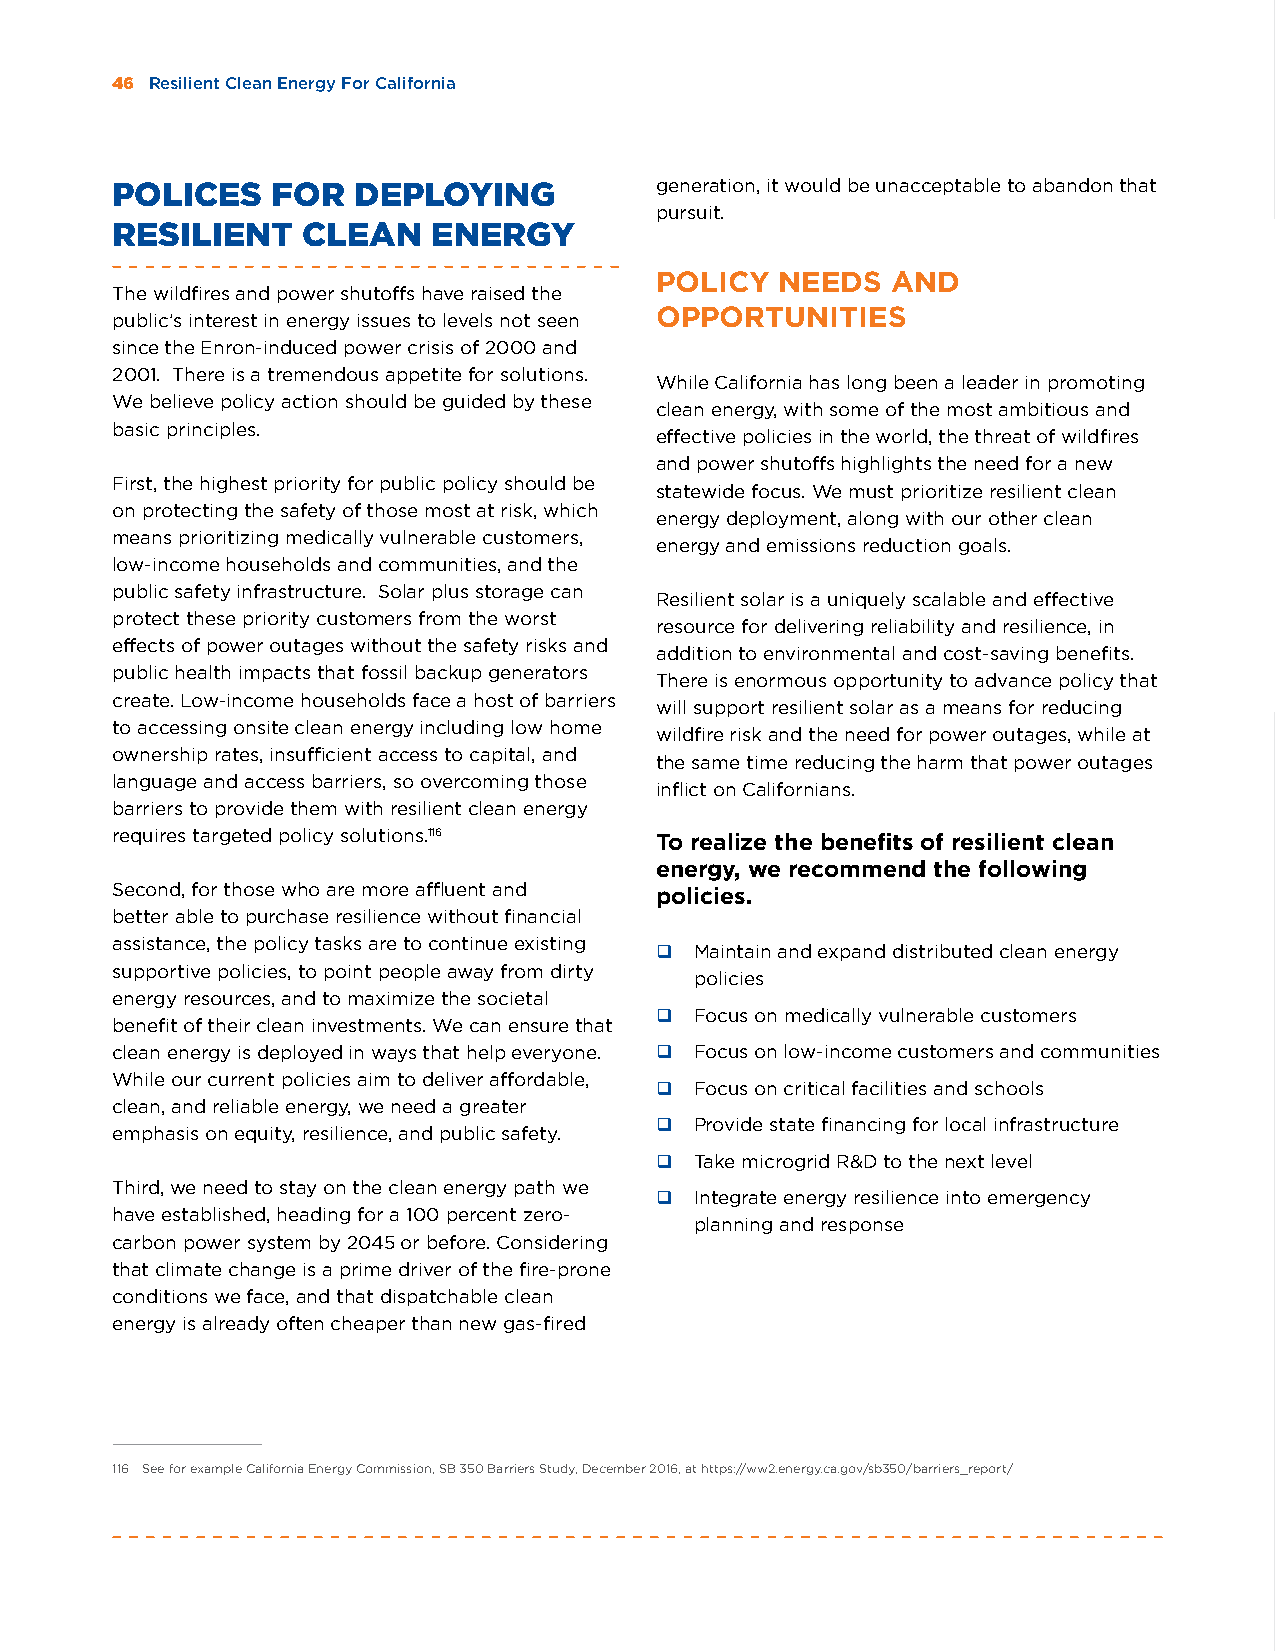
46 Resilient Clean Energy For California
 POLICES    FOR  DEPLOYING           generation, it would be unacceptable to abandon that
 pursuit.
 RESILIENT    CLEAN    ENERGY
 POLICY   NEEDS  AND
 The wildfires and power shutoffs have raised the
 OPPORTUNITIES
 public’s interest in energy issues to levels not seen
 since the Enron-induced power crisis of 2000 and
 2001. There is a tremendous appetite for solutions.
 While California has long been a leader in promoting
 We believe policy action should be guided by these
 clean energy, with some of the most ambitious and
 basic principles.
 effective policies in the world, the threat of wildfires
 and power shutoffs highlights the need for a new
 First, the highest priority for public policy should be
 statewide focus. We must prioritize resilient clean
 on protecting the safety of those most at risk, which
 energy deployment, along with our other clean
 means prioritizing medically vulnerable customers,
 energy and emissions reduction goals.
 low-income households and communities, and the
 public safety infrastructure. Solar plus storage can
 Resilient solar is a uniquely scalable and effective
 protect these priority customers from the worst
 resource for delivering reliability and resilience, in
 effects of power outages without the safety risks and
 addition to environmental and cost-saving benefits.
 public health impacts that fossil backup generators
 There is enormous opportunity to advance policy that
 create. Low-income households face a host of barriers
 will support resilient solar as a means for reducing
 to accessing onsite clean energy including low home
 wildfire risk and the need for power outages, while at
 ownership rates, insufficient access to capital, and
 the same time reducing the harm that power outages
 language and access barriers, so overcoming those
 inflict on Californians.
 barriers to provide them with resilient clean energy
 requires targeted policy solutions.116 To realize the benefits of resilient clean
 energy, we recommend the following
 Second, for those who are more affluent and policies.
 better able to purchase resilience without financial
 assistance, the policy tasks are to continue existing
 q  Maintain and expand distributed clean energy
 supportive policies, to point people away from dirty
 policies
 energy resources, and to maximize the societal
 q  Focus on medically vulnerable customers
 benefit of their clean investments. We can ensure that
 clean energy is deployed in ways that help everyone. q Focus on low-income customers and communities
 While our current policies aim to deliver affordable,
 q  Focus on critical facilities and schools
 clean, and reliable energy, we need a greater
 q  Provide state financing for local infrastructure
 emphasis on equity, resilience, and public safety.
 q  Take microgrid R&D to the next level
 Third, we need to stay on the clean energy path we
 q  Integrate energy resilience into emergency
 have established, heading for a 100 percent zero-
 planning and response
 carbon power system by 2045 or before. Considering
 that climate change is a prime driver of the fire-prone
 conditions we face, and that dispatchable clean
 energy is already often cheaper than new gas-fired
 116 See for example California Energy Commission, SB 350 Barriers Study, December 2016, at https://ww2.energy.ca.gov/sb350/barriers_report/